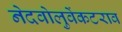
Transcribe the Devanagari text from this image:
नेदवोलुवेंकटराव